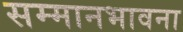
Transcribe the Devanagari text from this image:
सम्मानभावना